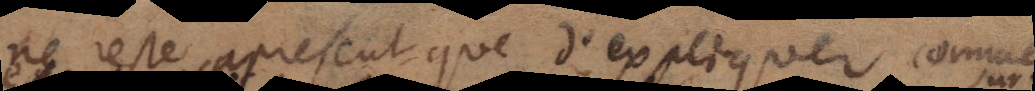
ne reste à present que d’expliquer, comment